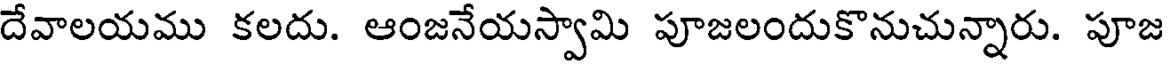
దేవాలయము కలదు. ఆంజనేయస్వామి పూజలందుకొనుచున్నారు. పూజ